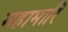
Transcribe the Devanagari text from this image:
महामारि